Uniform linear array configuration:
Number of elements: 12
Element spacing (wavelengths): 0.25
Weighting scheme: hamming
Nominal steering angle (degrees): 30
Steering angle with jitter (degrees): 29.573
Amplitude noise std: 0.05
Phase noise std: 0.05

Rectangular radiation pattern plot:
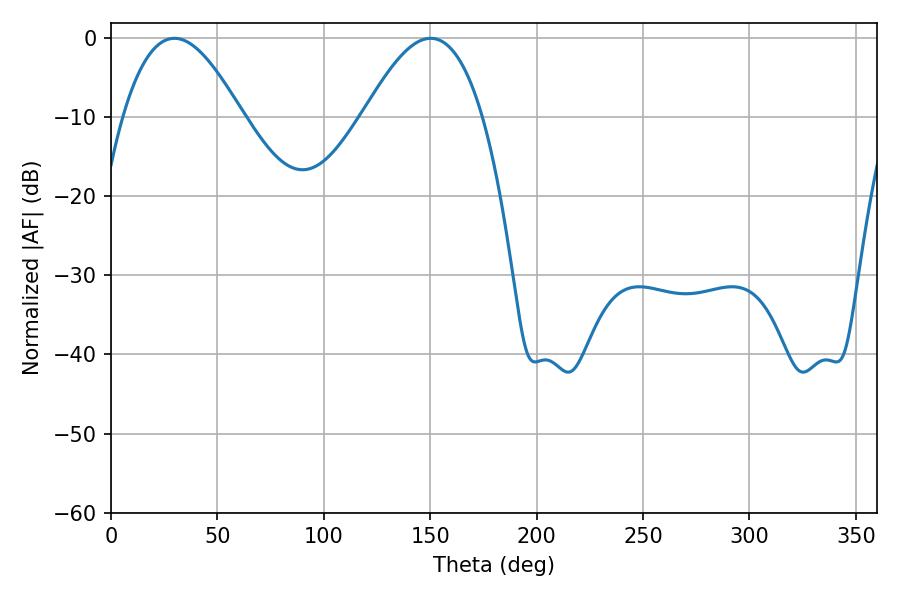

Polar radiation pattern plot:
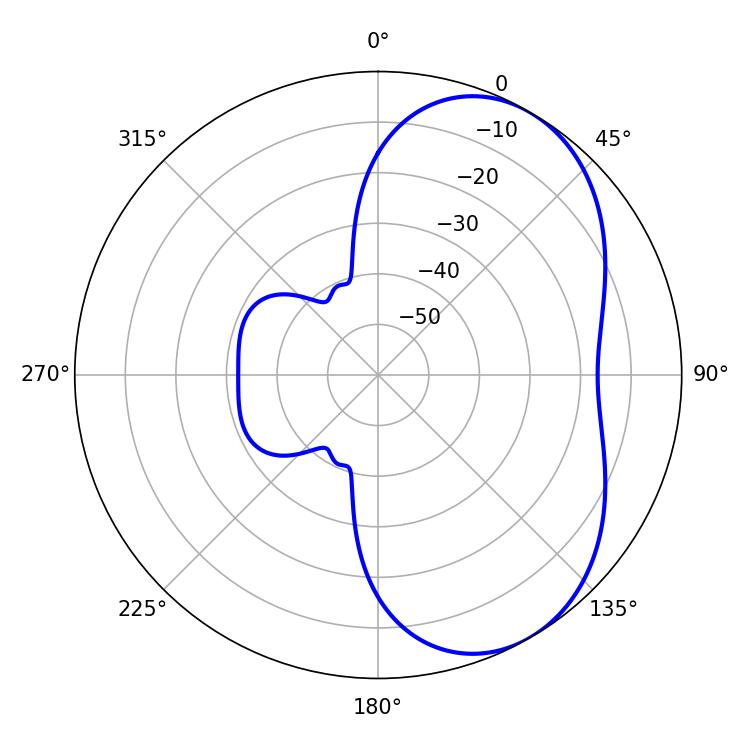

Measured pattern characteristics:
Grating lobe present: FALSE
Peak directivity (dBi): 5.096
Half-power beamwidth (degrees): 30.42
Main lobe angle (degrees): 29.7